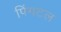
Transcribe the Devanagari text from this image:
पिंगटल